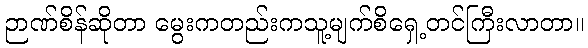
ဉာဏ်စိန်ဆိုတာ မွေးကတည်းကသူ့မျက်စိရှေ့တင်ကြီးလာတာ။